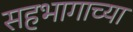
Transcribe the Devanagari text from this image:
सहभागाच्या